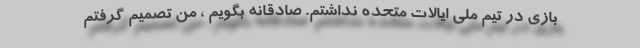
بازی در تیم ملی ایالات متحده نداشتم. صادقانه بگویم ، من تصمیم گرفتم